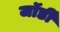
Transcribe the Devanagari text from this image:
जॉर्डी